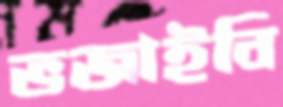
ভজাইবি